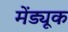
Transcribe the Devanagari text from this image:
मेंड्यूक